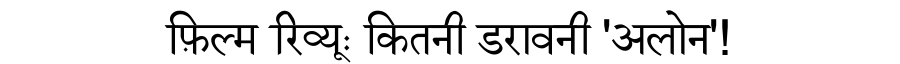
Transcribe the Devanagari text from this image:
फ़िल्म रिव्यूः कितनी डरावनी 'अलोन'!